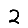
Digit: 2